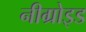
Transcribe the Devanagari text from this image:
नीग्रोइड